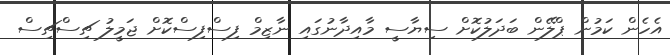
އެހެން ކަމުން ޕްލޭން ބަދަލުކޮށް ސިޔާސީ މާއިދާނުގައި ނާޒިމް ފިސްފިސްކޮށް ޖަމީލު ޗިސްޗިސް